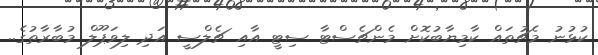
ކުޅުނު މެޗުތައް ކާމިޔާބުކޮށް މެންޗެސްޓާ ސިޓީ އާއި ޗެލްސީ އަދި ލިވަޕޫލް މުބާރާތުގެ..